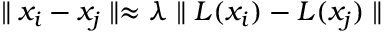
\parallel x _ { i } - x _ { j } \parallel \approx \lambda \parallel L ( x _ { i } ) - L ( x _ { j } ) \parallel